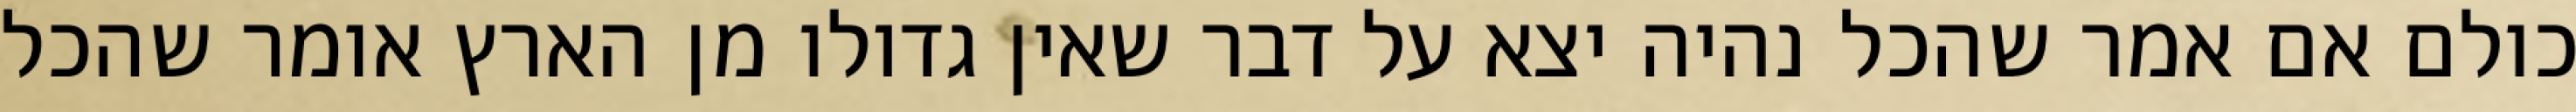
כולם אם אמר שהכל נהיה יצא על דבר שאין גדולו מן הארץ אומר שהכל